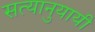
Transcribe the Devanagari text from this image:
सत्यानुयायी